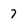
Character: 7